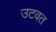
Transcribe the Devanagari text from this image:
उटवत